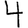
Digit: 4